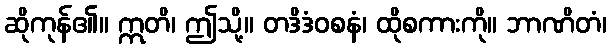
ဆိုကုန်၏။ ဣတိ၊ ဤသို့။ တဒိဒံဝစနံ၊ ထိုစကားကို။ ဘာဏိတံ၊